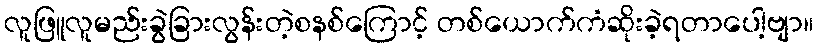
လူဖြူလူမည်းခွဲခြားလွန်းတဲ့စနစ်ကြောင့် တစ်ယောက်ကံဆိုးခဲ့ရတာပေါ့ဗျာ။